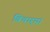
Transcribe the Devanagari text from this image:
बिचार्‍या